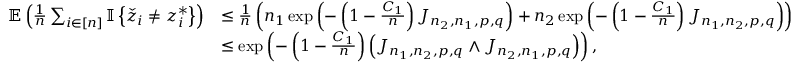
\begin{array} { r l } { \mathbb { E } \left( \frac { 1 } { n } \sum _ { i \in [ n ] } { \mathbb { I } \left\{ { \check { z } _ { i } \neq z _ { i } ^ { * } } \right\} } \right) } & { \leq \frac { 1 } { n } \left( n _ { 1 } \exp \left( - \left( 1 - \frac { C _ { 1 } } { n } \right) J _ { n _ { 2 } , n _ { 1 } , p , q } \right) + n _ { 2 } \exp \left( - \left( 1 - \frac { C _ { 1 } } { n } \right) J _ { n _ { 1 } , n _ { 2 } , p , q } \right) \right) } \\ & { \leq \exp \left( - \left( 1 - \frac { C _ { 1 } } { n } \right) \left( J _ { n _ { 1 } , n _ { 2 } , p , q } \wedge J _ { n _ { 2 } , n _ { 1 } , p , q } \right) \right) , } \end{array}